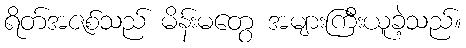
ရိတ်အဇစ်သည် မိန်းမတွေ အများကြီးယူခဲ့သည်။